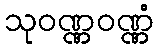
သုဝဏ္ဏဝဏ္ဏံ